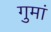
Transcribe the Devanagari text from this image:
गुमां